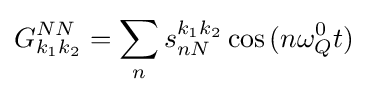
G_{k_{1}k_{2}}^{NN}=\sum _{n}s_{nN}^{k_{1}k_{2}}\cos {(n\omega _{Q}^{0}t)}